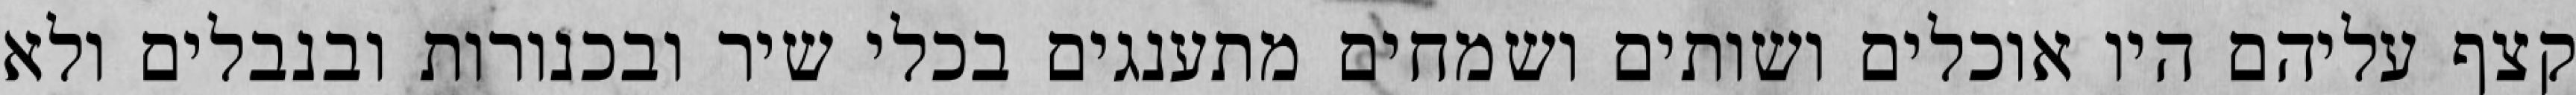
קצף עליהם היו אוכלים ושותים ושמחים מתענגים בכלי שיר ובכנורות ובנבלים ולא